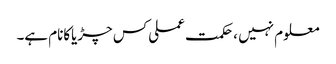
معلوم نہیں ،حکمت عملی کس چڑیاکانام ہے۔